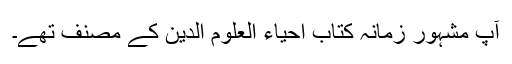
آپ مشہور زمانہ کتاب احیاء العلوم الدین کے مصنف تھے۔